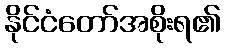
နိုင်ငံတော်အစိုးရ၏